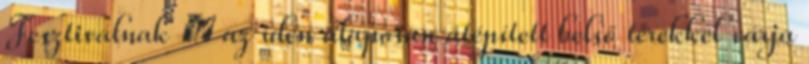
Fesztiválnak  az idén alaposan átépített belső terekkel várja